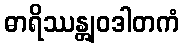
ဓာရိဿန္တျဝဒါတကံ